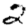
Digit: 2